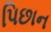
પિછાન